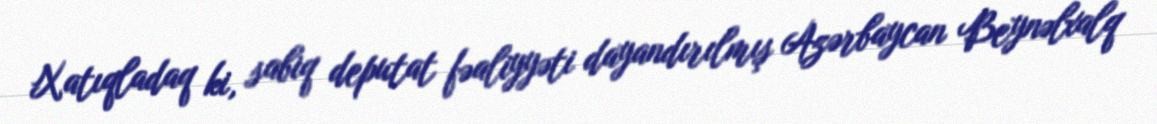
Xatıqladaq ki, sabiq deputat fəaliyyəti dayandırılmış Azərbaycan Beynəlxalq